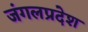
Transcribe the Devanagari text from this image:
जंगलप्रदेश